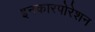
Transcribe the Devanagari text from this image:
इनकारपोरेशन